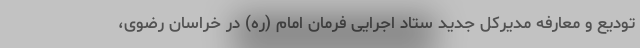
تودیع و معارفه مدیرکل جدید ستاد اجرایی فرمان امام (ره) در خراسان رضوی،